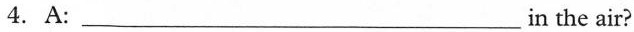
4. A: ___in the air?